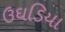
ઉઘડિયા